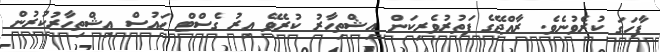
ފާހަގަ ކުރެވުނެވެ. ރާއްޖޭގެ ފަތުރުވެރިކަން އިޝްތިހާރު ކުރެވޭ އިރު ގެސްޓް ހައުސް އިޝްތިހާރުކުރުން